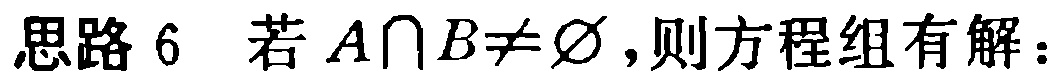
思路 6 若 \(A\cap B\neq\varnothing\),则方程组有解：